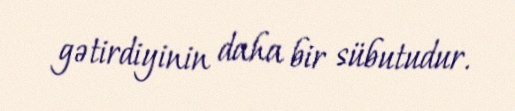
gətirdiyinin daha bir sübutudur.